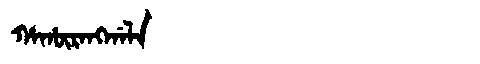
Manchu: ᡥᠠᡥᡡᡵᠠᠩᡤᠠᠯᠠ
Romanization: HAHŪRANGGALA